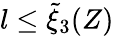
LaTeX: l\le\tilde{\xi}_{3}(Z)